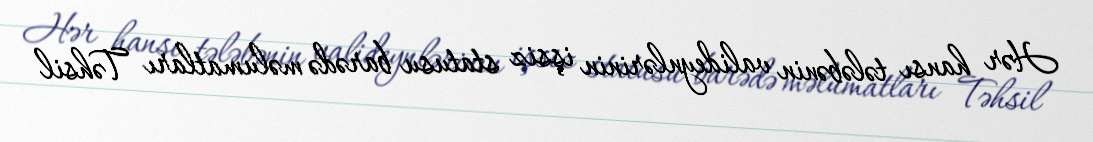
Hər hansı tələbənin valideynlərinin işsiz statusu barədə məlumatları Təhsil